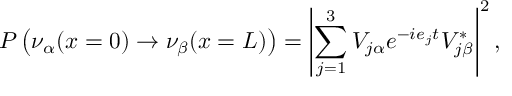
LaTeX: P \left( \nu _ { \alpha } ( x = 0 ) \rightarrow \nu _ { \beta } ( x = L ) \right) = \left| \sum _ { j = 1 } ^ { 3 } V _ { j \alpha } e ^ { - i e _ { j } t } V _ { j \beta } ^ { * } \right| ^ { 2 } ,